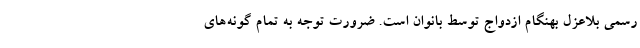
رسمی بلاعزل بهنگام ازدواج توسط بانوان است. ضرورت توجه به تمام گونه‌های